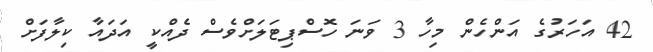
42 އަހަރުގެ އަންހެން މިހާ 3 ވަނަ ހޮސްޕިޓަލަށްވެސް ދެއްކީ އަދައާ ކިލާފަށް